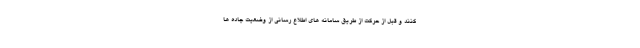
کنند و قبل از حرکت از طریق سامانه های اطلاع رسانی از وضعیت جاده ها